Lunatic asylums Central Provinces reports 1910-1926 - 1910-1926
Year: 1910
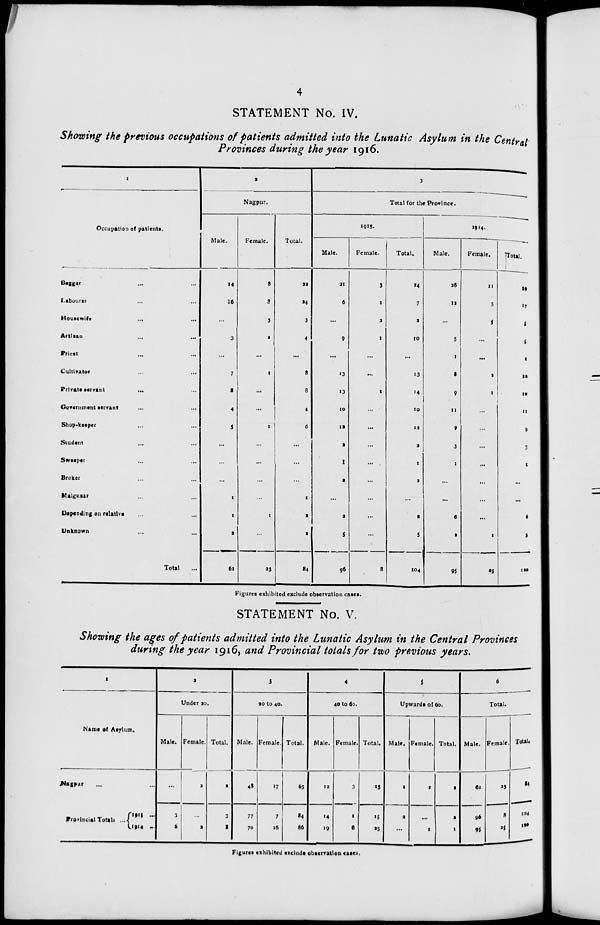
4
STATEMENT No. IV.
Showing the previous occupations of patients admitted into the Lunatic Asylum in the Central
Provinces during the year 1916.
1
Occupation of patients.
Beggar ... ...
Labourer ... ...
Housewife ... ...
Artisan ... ...
Priest ... ...
Cultivator ... ...
Private servant ... ...
Government servant ... ...
Shop-keeper ... ...
Student ... ...
Sweeper ... ...
Broker ... ...
Malguzar ... ...
Depending on relative ... ...
Unknown ... ...
Total ...
2
Nagpur.
Male.
14
16
...
3
...
7
8
4
5
...
...
...
1
1
2
61
Female.
8
8
3
1
...
1
...
...
1
...
...
...
...
1
...
23
Total.
22
24
3
4
...
8
8
4
6
...
...
...
1
2
2
84
3
Total for the Province.
1915.
Male.
21
6
...
9
...
13
13
10
12
2
1
2
...
2
5
96
Female.
3
1
2
1
...
...
1
...
...
...
...
...
...
...
...
8
Total.
24
7
2
10
...
13
14
10
12
2
1
2
...
2
5
104
1914.
Male.
28
12
...
5
1
8
9
11
9
3
1
...
...
6
2
95
Female.
11
5
5
...
...
2
1
...
...
...
...
...
...
...
1
25
Total.
39
17
5
5
1
10
10
11
9
3
1
...
...
6
3
120
Figures exhibited exclude observation cases.
STATEMENT No. V.
Showing the ages of patients admitted into the Lunatic Asylum in the Central Provinces
during the year 1916, and Provincial totals for two previous years.
1
Name of Asylum.
Nagpur ... ...
Provincial Totals ...
1915 ...
1914 ...
2
Under 20.
Male.
...
3
6
Female.
2
...
2
Total.
2
3
8
3
20 to 40.
Male.
48
77
70
Female.
17
7
16
Total.
65
84
86
4
40 to 60.
Male.
12
14
19
Female.
3
1
6
Total.
15
15
25
5
Upwards of 60.
Male.
1
2
...
Female.
1
...
1
Total.
2
2
1
6
Total.
Male.
61
96
95
Female.
23
8
25
Total.
84
104
120
Figures exhibited exclude observation cases.